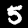
Digit: 5